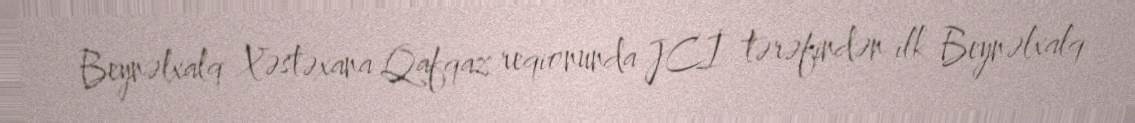
Beynəlxalq Xəstəxana Qafqaz reqionunda JCİ tərəfindən ilk Beynəlxalq